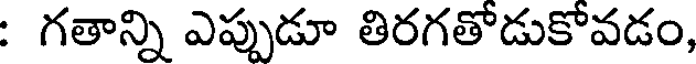
: గతాన్ని ఎప్పుడూ తిరగతోడుకోవడం,